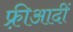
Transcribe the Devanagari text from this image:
फ़्रीआदीं